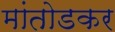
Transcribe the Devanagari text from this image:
मांतोडकर